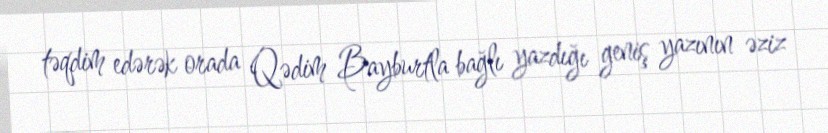
təqdim edərək orada Qədim Bayburtla bağlı yazdığı geniş yazının əziz